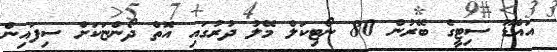
އައްޑޫ ސިޓީގެ ބޭރުން 80 ނޯޓިކަލް މޭލު ދުރުގައި އޮތް ދޯންޏަކަށް ސިފައިން